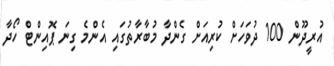
އުރީދޫން 100 ދުވަހަށް ކުރިއަށް ގެންދާ މުބާރާތުގައި އެންމެ ގިނަ ޕޮއިންޓް ހޯދާ